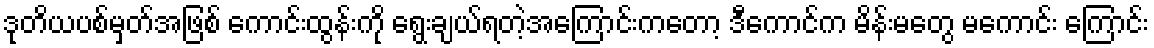
ဒုတိယပစ်မှတ်အဖြစ် ကောင်းထွန်းကို ရွေးချယ်ရတဲ့အကြောင်းကတော့ ဒီကောင်က မိန်းမတွေ မကောင်း ကြောင်း